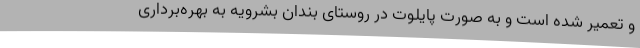
و تعمیر شده است و به صورت پایلوت در روستای بندان بشرویه به بهره‌برداری